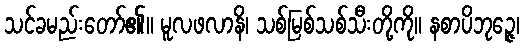
သင်ခမည်းတော်၏။ မူလဖလာနိ၊ သစ်မြစ်သစ်သီးတို့ကို။ နစာပိဘုဉ္ဇေ၊